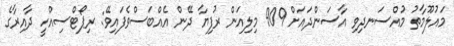
މައުލޫމާތު މުއްސަނދިވި އާސަންދައަށް 909 މިލިއަން ރުފިޔާ ދޭން އެއްބަސްވެފައިވޭ: ރިޕޯޓްސިއްހީ ދާއިރާގެ